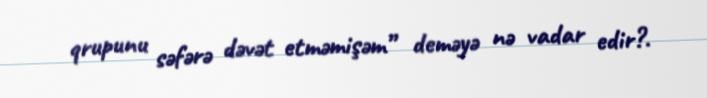
qrupunu səfərə dəvət etməmişəm” deməyə nə vadar edir?.